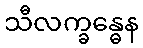
သီလက္ခန္ဓေန